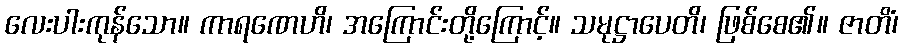
လေးပါးကုန်သော။ ကာရဏေဟိ၊ အကြောင်းတို့ကြောင့်။ သမုဋ္ဌာပေတိ၊ ဖြစ်စေ၏။ ဇာတိံ၊